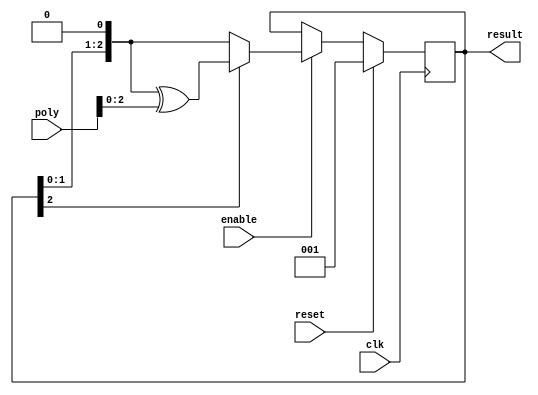
`timescale 1ns / 1ps

module LFSR3(clk, reset, enable, poly, result);
    parameter LN = 3;
    parameter INIT = {{(LN-1){1'b0}}, 1'b1};
    input clk, reset, enable;
    input[LN:0] poly;
    output reg[LN-1:0] result;
    
    always@(posedge clk) begin
        if(reset)
            result <= 3'b001;
        else if(~enable)
            result <= result;
        else begin
            if(result[LN-1]) begin
                result <= {result[LN-2:0], 1'b0} ^ poly;
            end
            else begin
                result <= {result[LN-2:0], 1'b0};
            end
        end
    end       
endmodule